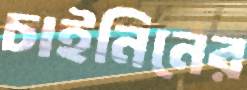
চাইনিনের